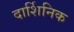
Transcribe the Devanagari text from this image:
दार्शिनिक